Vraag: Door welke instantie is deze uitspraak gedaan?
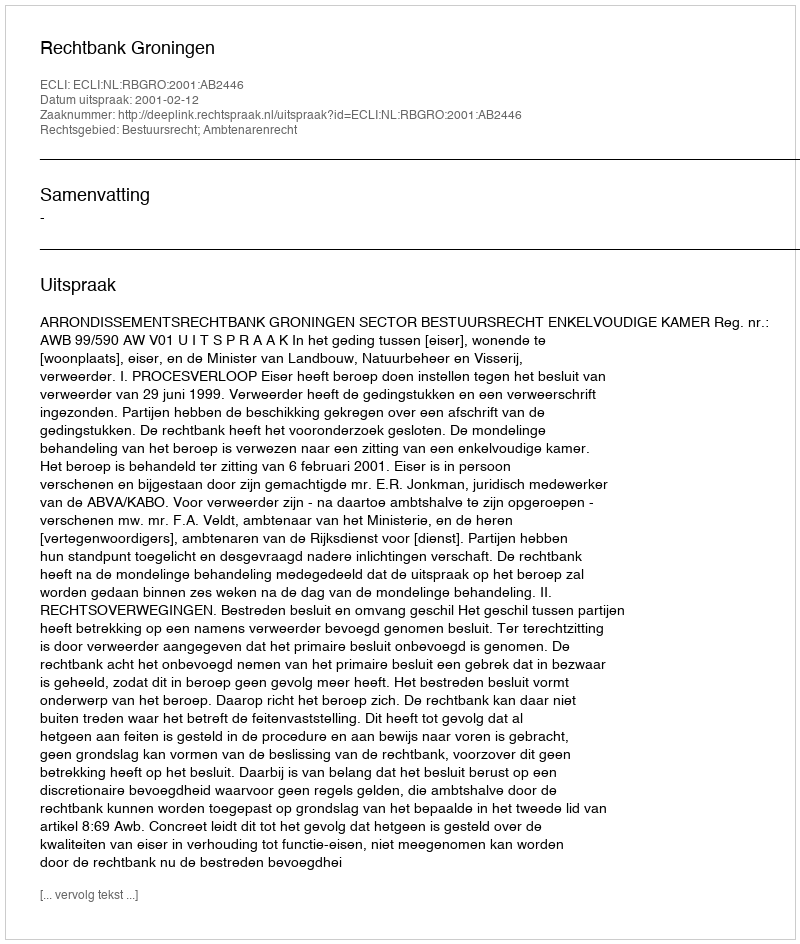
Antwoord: Rechtbank Groningen